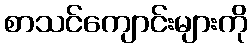
စာသင်ကျောင်းများကို